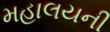
મહાલયની